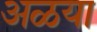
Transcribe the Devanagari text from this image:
अळया